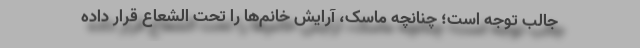
جالب توجه است؛ چنانچه ماسک، آرایش خانم‌ها را تحت الشعاع قرار داده